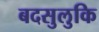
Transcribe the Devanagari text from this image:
बदसुलुकि